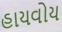
હાયવોય